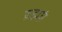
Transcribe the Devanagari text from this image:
ब्रह्मघ्नं